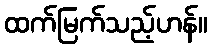
ထက်မြက်သည့်ဟန်။